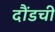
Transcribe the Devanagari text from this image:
दौंडची